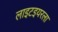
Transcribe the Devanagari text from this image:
लाइटइयरला